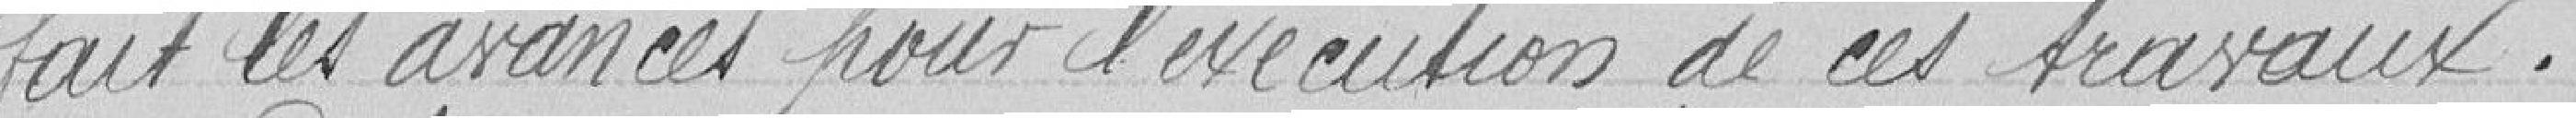
fait les avances pour l'exécution de ces travaux.